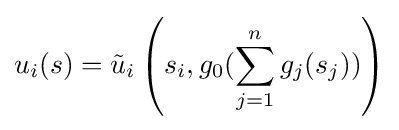
u_{i}(s)={\tilde {u}}_{i}\left(s_{i},g_{0}(\sum _{j=1}^{n}g_{j}(s_{j}))\right)